Sleeping sickness
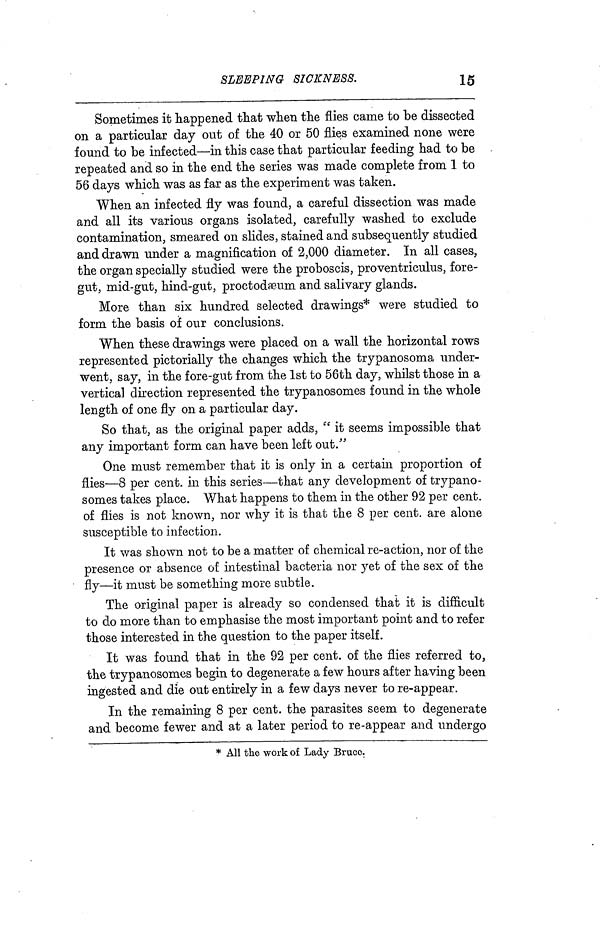
SLEEPING SICKNESS.
15
Sometimes it happened that when the flies came to be dissected
on a particular day out of the 40 or 50 flies examined none were
found to be infected—in this case that particular feeding had to be
repeated and so in the end the series was made complete from 1 to
56 days which was as far as the experiment was taken.
When an infected fly was found, a careful dissection was made
and all its various organs isolated, carefully washed to exclude
contamination, smeared on slides, stained and subsequently studied
and drawn under a magnification of 2,000 diameter. In all cases,
the organ specially studied were the proboscis, proventriculus, fore-
gut, mid-gut, hind-gut, proctodseum and salivary glands.
More than six hundred selected drawings* were studied to
form the basis of our conclusions.
When these drawings were placed on a wall the horizontal rows
represented pictorially the changes which the trypanosoma under-
went, say, in the fore-gut from the 1st to 56th day, whilst those in a
vertical direction represented the trypanosomes found in the whole
length of one fly on a particular day.
So that, as the original paper adds, " it seems impossible that
any important form can have been left out."
One must remember that it is only in a certain proportion of
flies—8 per cent, in this series—that any development of trypano-
somes takes place. What happens to them in the other 92 per cent,
of flies is not known, nor why it is that the 8 per cent, are alone
susceptible to infection.
It was shown not to be a matter of chemical re-action, nor of the
presence or absence of intestinal bacteria nor yet of the sex of the
fly—it must be something more subtle.
The original paper is already so condensed that it is difficult
to do more than to emphasise the most important point and to refer
those interested in the question to the paper itself.
It was found that in the 92 per cent, of the flies referred to,
the trypanosomes begin to degenerate a few hours after having been
ingested and die out entirely in a few days never to re-appear.
In the remaining 8 per cent, the parasites seem to degenerate
and become fewer and at a later period to re-appear and undergo
* All the work of Lady Bruce.